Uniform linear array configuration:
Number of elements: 64
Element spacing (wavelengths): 0.5
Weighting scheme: kaiser
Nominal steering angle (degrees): -60
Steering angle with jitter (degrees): -61.074
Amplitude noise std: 0.05
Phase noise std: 0.05

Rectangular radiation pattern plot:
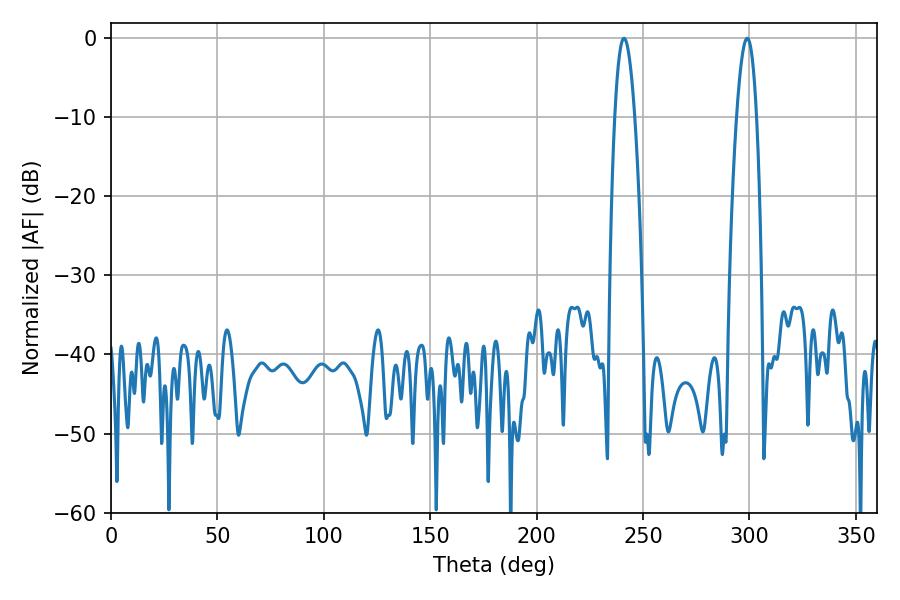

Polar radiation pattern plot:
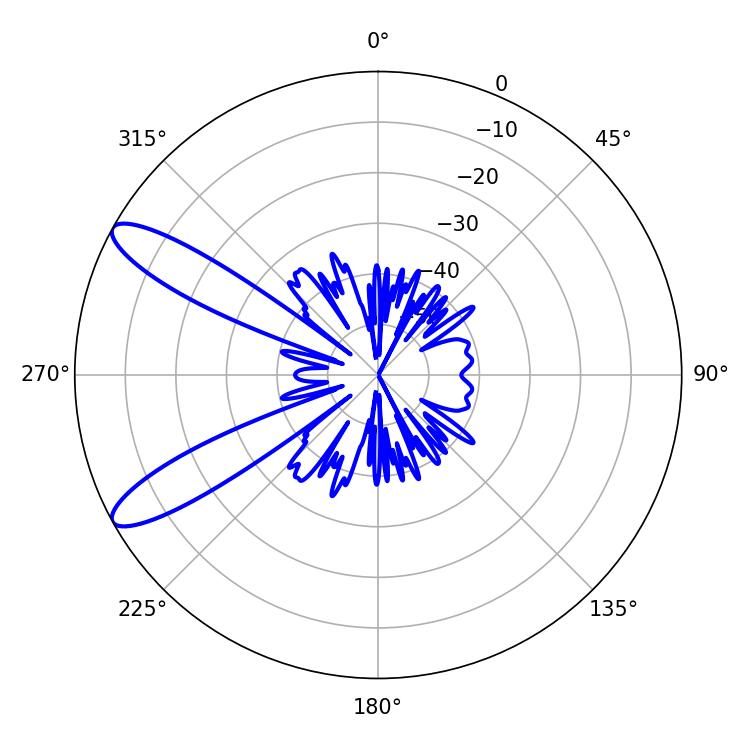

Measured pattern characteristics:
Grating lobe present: FALSE
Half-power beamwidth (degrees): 5.04
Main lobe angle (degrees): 241.02